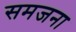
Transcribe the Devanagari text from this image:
समजना